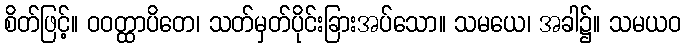
စိတ်ဖြင့်။ ဝဝတ္ထာပိတေ၊ သတ်မှတ်ပိုင်းခြားအပ်သော။ သမယေ၊ အခါ၌။ သမယဝ